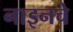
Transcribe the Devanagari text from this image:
नाइनचे